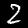
Digit: 2